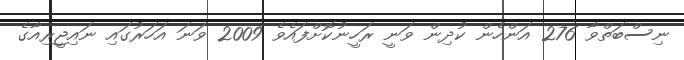
ނިސްބަތްވާ 276 އަންހެން ކުދިން ވަނީ ރަހީނުކޮށްފައެވެ 2009 ވަނަ އަހަރުގައި ނައިޖީރިއާގެ